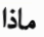
ماذا